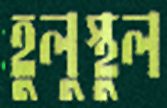
হুলুস্থুল